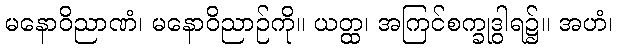
မနောဝိညာဏံ၊ မနောဝိညာဉ်ကို။ ယတ္ထ၊ အကြင်စက္ခုဒွါရ၌။ အဟံ၊